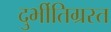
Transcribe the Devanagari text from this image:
दुर्भीतिग्रस्त